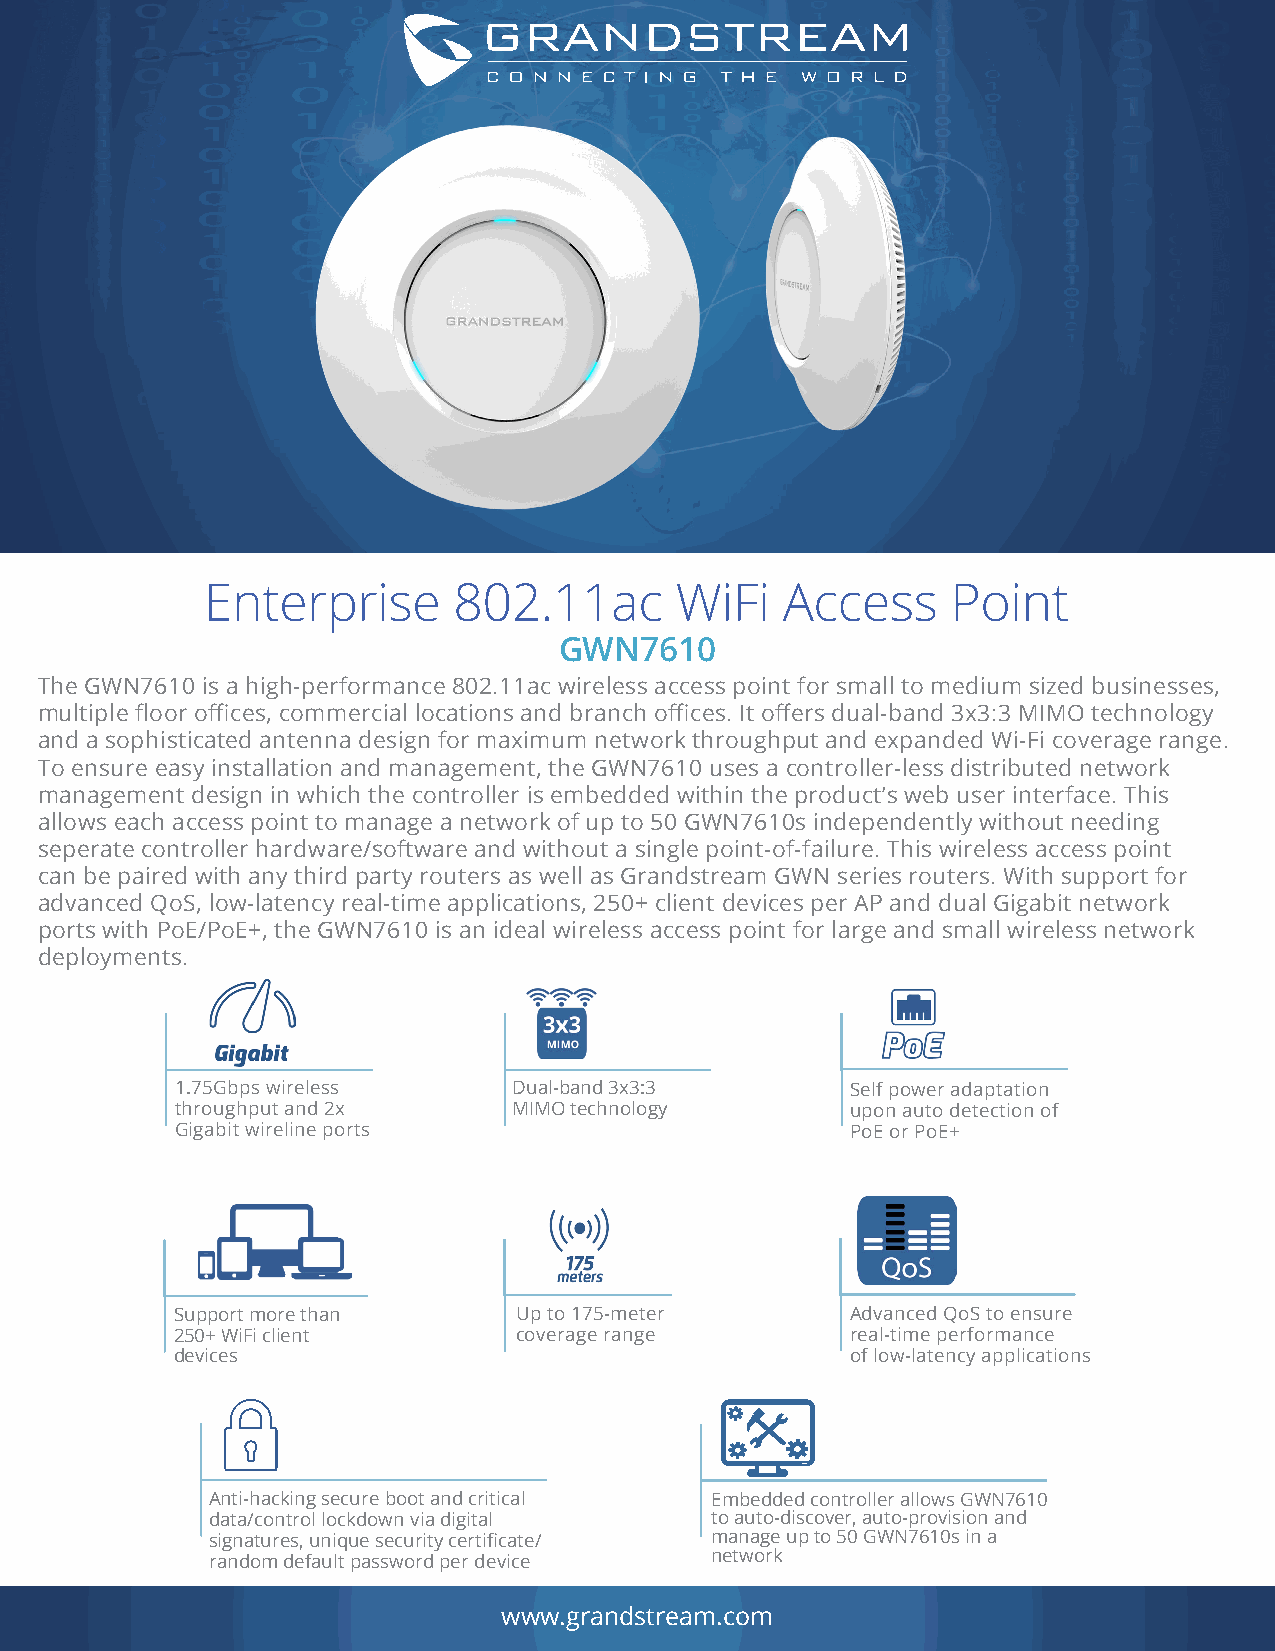
Enterprise       802.11ac       WiFi   Access     Point
 GWN7610
 The GWN7610 is a high-performance 802.11ac wireless access point for small to medium sized businesses,
 multiple floor offices, commercial locations and branch offices. It offers dual-band 3x3:3 MIMO technology
 and a sophisticated antenna design for maximum network throughput and expanded Wi-Fi coverage range.
 To ensure easy installation and management, the GWN7610 uses a controller-less distributed network
 management design in which the controller is embedded within the product’s web user interface. This
 allows each access point to manage a network of up to 50 GWN7610s independently without needing
 seperate controller hardware/software and without a single point-of-failure. This wireless access point
 can be paired with any third party routers as well as Grandstream GWN series routers. With support for
 advanced QoS, low-latency real-time applications, 250+ client devices per AP and dual Gigabit network
 ports with PoE/PoE+, the GWN7610 is an ideal wireless access point for large and small wireless network
 deployments.
 1.75Gbps wireless     Dual-band 3x3:3       Self power adaptation
 throughput and 2x     MIMO technology       upon auto detection of
 Gigabit wireline ports                      PoE or PoE+
 Support more than     Up to 175-meter       Advanced QoS to ensure
 250+ WiFi client      coverage range        real-time performance
 devices                                     of low-latency applications
 Anti-hacking secure boot and critical Embedded controller allows GWN7610
 data/control lockdown via digital to auto-discover, auto-provision and
 signatures, unique security certificate/ manage up to 50 GWN7610s in a
 random default password per device network
 www.grandstream.com